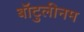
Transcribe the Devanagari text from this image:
बॉटुलीनम